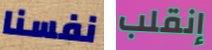
نفسنا إنقلب